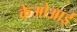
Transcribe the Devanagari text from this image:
केओआई